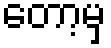
တော့မှ